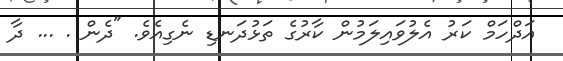
އަދްހަމް ކަރު އެލުވައިލަމުން ކާރުގެ ތަޅުދަނޑި ނެގިއެވެ. "ދެން . ... ދާ